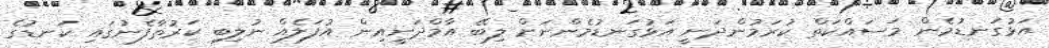
އަޅުގަނޑުމެން މަސައްކަތް ކުރަމުންދަނީ އަޅުގަނޑުމެންނަށް ލިބޭ އާމްދަނީއިން އުފަލެއް ނުލިބި ކަރުތާފެނުގައި ކަނޑުގެ